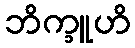
ဘိက္ခူဟိ